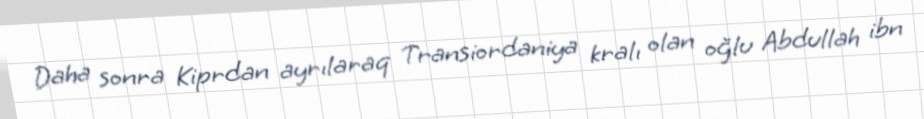
Daha sonra Kiprdan ayrılaraq Transiordaniya kralı olan oğlu Abdullah ibn